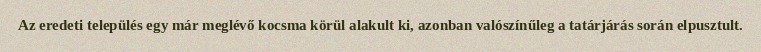
Az eredeti település egy már meglévő kocsma körül alakult ki, azonban valószínűleg a tatárjárás során elpusztult.